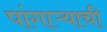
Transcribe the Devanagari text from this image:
पांगाऱ्याची